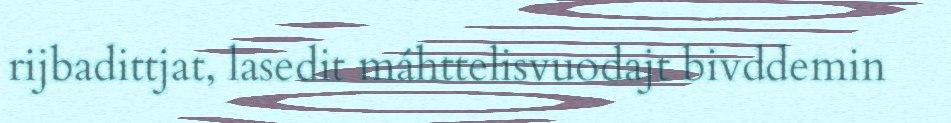
rijbadittjat, lasedit máhttelisvuodajt bivddemin